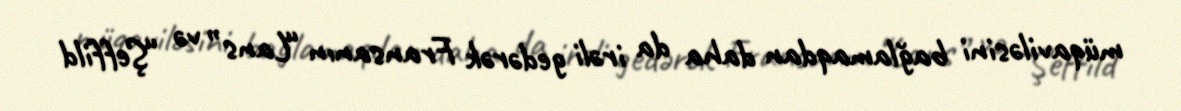
müqaviləsini bağlamaqdan daha da irəli gedərək Fransanın “Lans” və “Şeffild